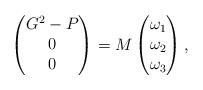
LaTeX: \begin{align*}\begin{pmatrix}G^2-P\\0\\0\end{pmatrix}=M\begin{pmatrix}\omega_1\\\omega_2\\\omega_3\end{pmatrix},\end{align*}